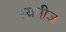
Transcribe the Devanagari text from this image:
स्यमीज़